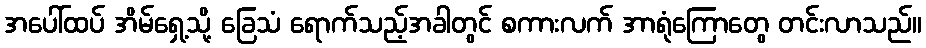
အပေါ်ထပ် အိမ်ရှေ့သို့ ခြေသံ ရောက်သည့်အခါတွင် စကားလက် အာရုံကြောတွေ တင်းလာသည်။